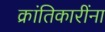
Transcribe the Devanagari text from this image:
क्रांतिकारींना